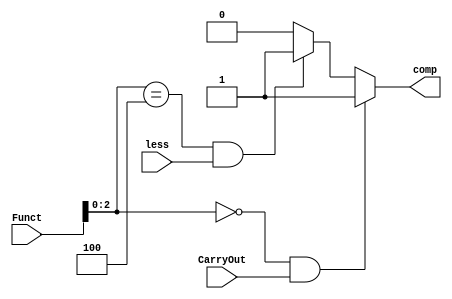
module branch_control(
	input [3:0] Funct,
	input less,
	input  CarryOut,
	output reg comp
);

always @ (*)
begin
	if ((Funct[2:0] == 3'b000) && ( CarryOut == 1'b1))
		comp = 1'b1;  //for beq
	else if ((Funct[2:0] == 3'b100) && ( less == 1'b1))
		comp = 1'b1; //for blt
	else
		comp = 1'b0;
end

endmodule